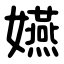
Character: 嬿